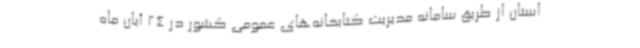
استان از طریق سامانه مدیریت کتابخانه‌های عمومی کشور در 24 آبان ماه